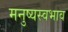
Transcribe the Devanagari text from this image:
मनुष्यस्वभाव